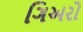
ગિઅરો